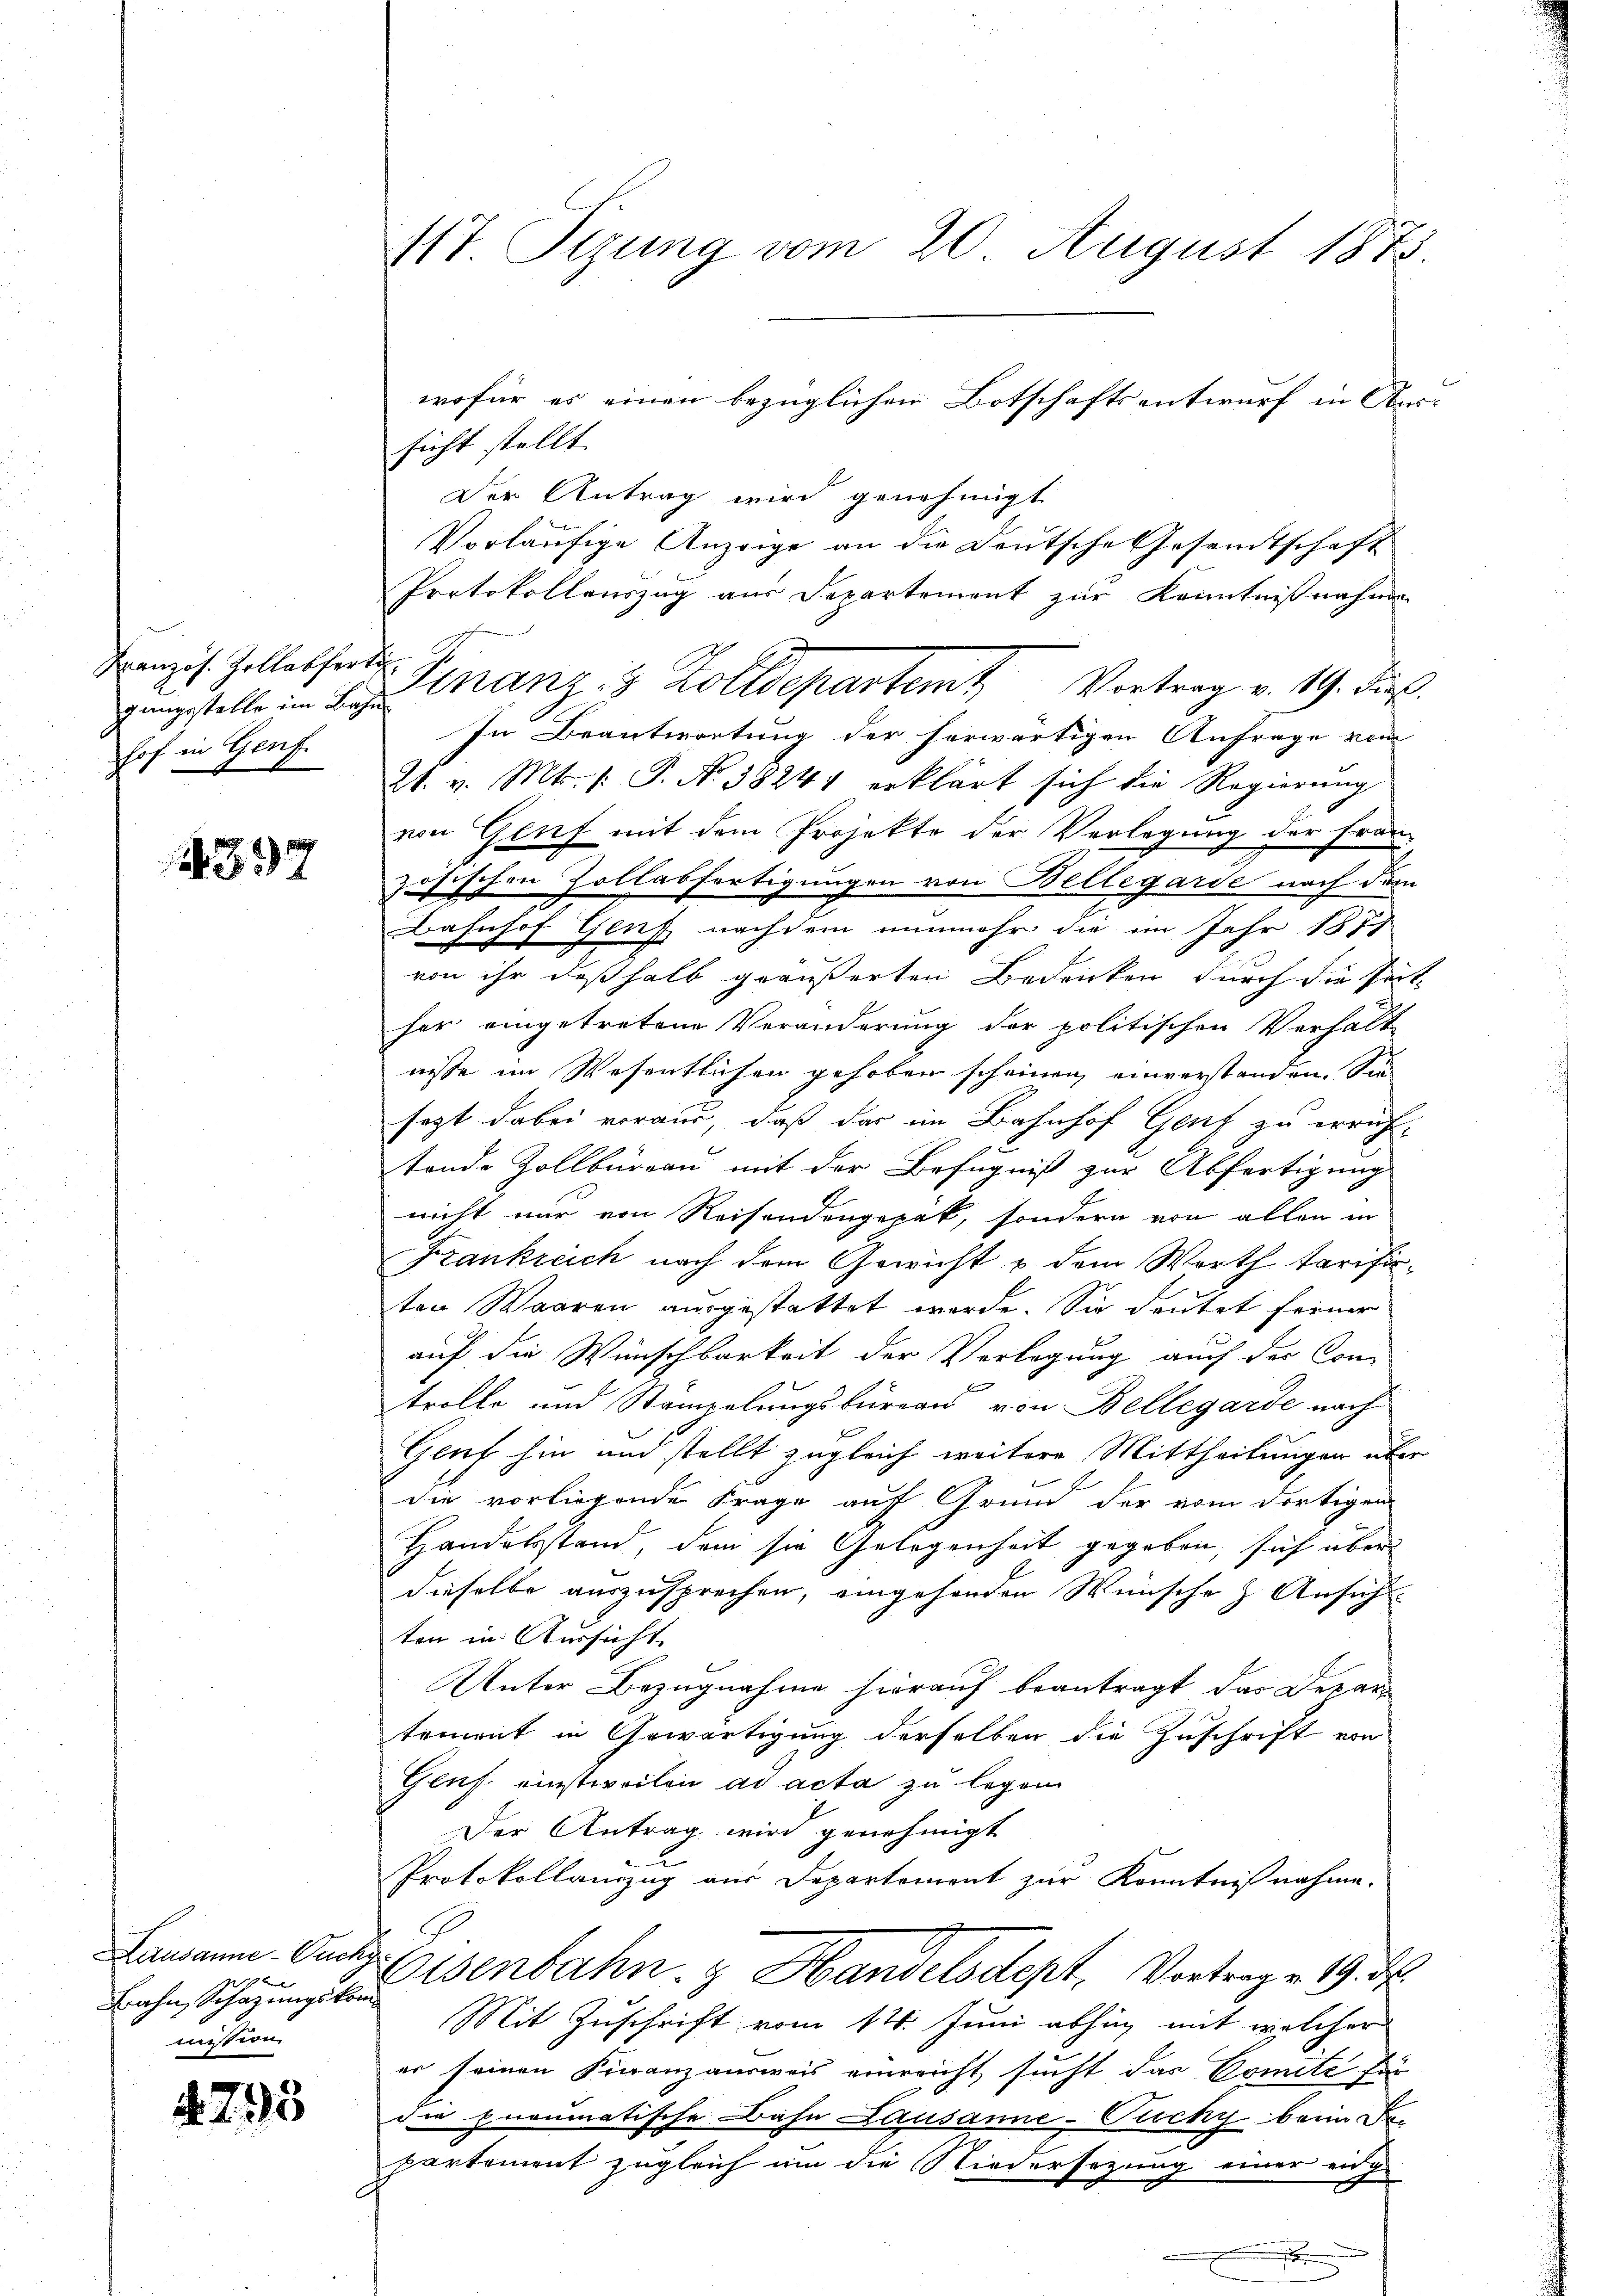
Französ. Zollabfert
zungsstelle im Bahn
Hof in Genf.

14397

Lausanne - Buch.
x
Bahn, Schazungskom
mission

795

117 Sizung vom 20. August 1873.

sicht stellt.
Der Antrag wird genehmigt
Vorläufige Anzeige an die Deutsche Gesamtschaft
Protokollenszug aus Departement zur Kenntnißnahmen
In Beantwortung der herwärtigen Anfrage vom
21. v. Mts. /: P. Nr. 38241 erklärt sich die Regierung
von Gluf mit dem Projekte der Verlegung der Frau
zösischen Zollabfertigungen von Bellegarde nach dem
Bahnhof Genf nachdem nunmehr die im Jahr 1877
von ihr deßhalb geäußerten Bedenken durch die Zeit-
her eingetretene Veränderung der politischen Verhält
nisse im Wesentlichen gehoben scheinen einverstanden. Sie
sezt dabei voraus, daß das im Bahnhof Genf zu errich-
tende Zollbüreau mit der Befugniß zur Abfertigung
nicht nur von Reisendengepak, sondern von allen in
Frankreich nach dem Gewicht u dem Wort tarifiten Waaren ausgestattet werde. Sie deutet feiner
auf die Wünschbarkeit der Verlegung auch der Con-
x
trolle und Stampelungsbüreau von Bellegarde nach
Geuf hin und stellt zugleich weitere Mittheilungen über
die vorliegende Frage auf Grund der vom dortigen
Handelsstand, dem sie Gelegenheit gegeben, sich über
dieselbe auszusprechen, eingehenden Wünsche z. Ansich
ten in Aussicht
Unter Bezugnahme hierauf beantragt, das Departement in Gewärtigung derselben die Zuschrift von
Geuf einstweilen ad acta zu legen
Der Antrag wird genehmigt
Protokollauszug aus Departement zur Kenntnißnahme.
Eisenbahn. Handelsdept. Vortrage 19. d.
Mit Zuschrift vom 14. Juni abhin mit welcher
er seinen Finanzausweis einreicht, sucht das Comite für
die Eneumatische Bahn Lausanne-Pucky beim De-
partement zugleich um die Niedersezung einer eng¬
.

wofür es einen bezüglichen Botschaftsentwurf in Aus¬

Finanz: 3 Zolldepartemt Vortrag v. 19. Die